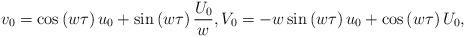
LaTeX: \begin{align*} v_0 = \cos{(w \tau)} \,u_0 + \sin{(w \tau)} \, \frac{U_0}{w}, V_0 = - w \sin{(w \tau)} \, u_0 + \cos{(w \tau)} \, U_0,\end{align*}